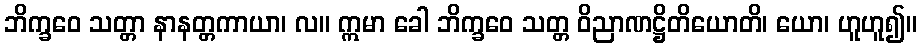
ဘိက္ခဝေ သတ္တာ နာနတ္တကာယာ၊ လ။ ဣမာ ခေါ ဘိက္ခဝေ သတ္တ ဝိညာဏဋ္ဌိတိယောတိ၊ ယော၊ ဟူဟူ၍။